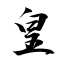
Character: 皇